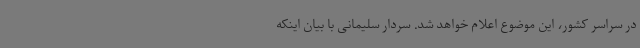
در سراسر کشور، این موضوع اعلام خواهد شد. سردار سلیمانی با بیان اینکه